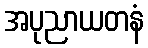
အပုညာယတနံ